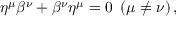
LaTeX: \eta ^ { \mu } \beta ^ { \nu } + \beta ^ { \nu } \eta ^ { \mu } = 0 \ \left( \mu \neq \nu \right) ,